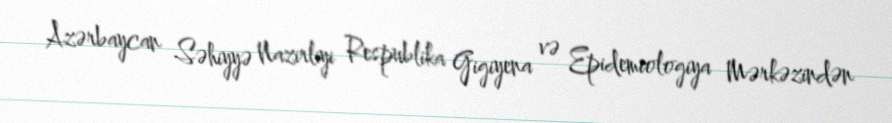
Azərbaycan Səhiyyə Nazirliyi Respublika Gigiyena və Epidemiologiya Mərkəzindən